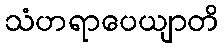
သံဟရာပေယျာတိ